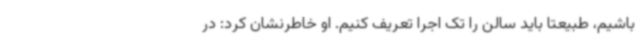
باشیم، طبیعتا باید سالن را تک اجرا تعریف کنیم. او خاطرنشان کرد: در